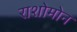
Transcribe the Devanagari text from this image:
राशोमोन